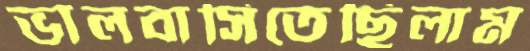
ভালবাসিতেছিলাম